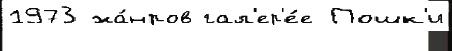
1973 жа́нров гал'ер'е́е Пошк'и